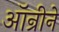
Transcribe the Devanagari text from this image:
ऑन्रीने